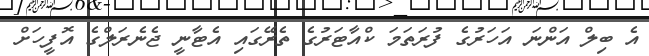
އެ ބިލް އަންނަ އަހަރުގެ ފުރަތަމަ ކްއާޓަރުގެ ތެރޭގައި އެޓާނީ ޖެނެރަލްގެ އޮފީހަށް